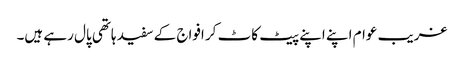
غریب عوام اپنے اپنے پیٹ کاٹ کر افواج کے سفید ہاتھی پال رہے ہیں۔